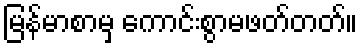
မြန်မာစာမှ ကောင်းစွာမဖတ်တတ်။